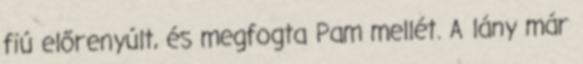
fiú előrenyúlt, és megfogta Pam mellét. A lány már